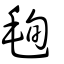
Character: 毥